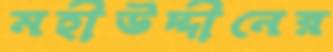
মহীউদ্দীনের